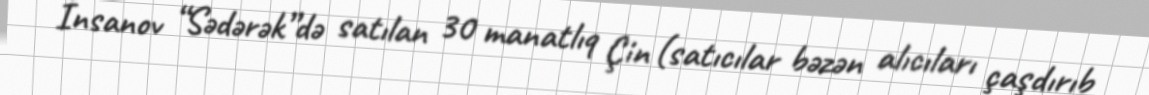
İnsanov “Sədərək”də satılan 30 manatlıq Çin (satıcılar bəzən alıcıları çaşdırıb